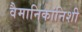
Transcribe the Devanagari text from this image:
वैमानिकांनिशी